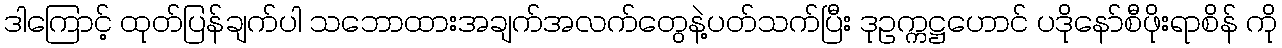
ဒါကြောင့် ထုတ်ပြန်ချက်ပါ သဘောထားအချက်အလက်တွေနဲ့ပတ်သက်ပြီး ဒုဥက္ကဋ္ဌဟောင် ပဒိုနော်စီဖိုးရာစိန် ကို